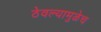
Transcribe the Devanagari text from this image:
ठेवल्यामुळेच